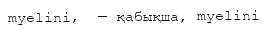
myelini,  — қабықша, myelini